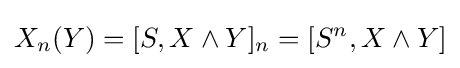
X_{n}(Y)=[S,X\land Y]_{n}=[S^{n},X\wedge Y]